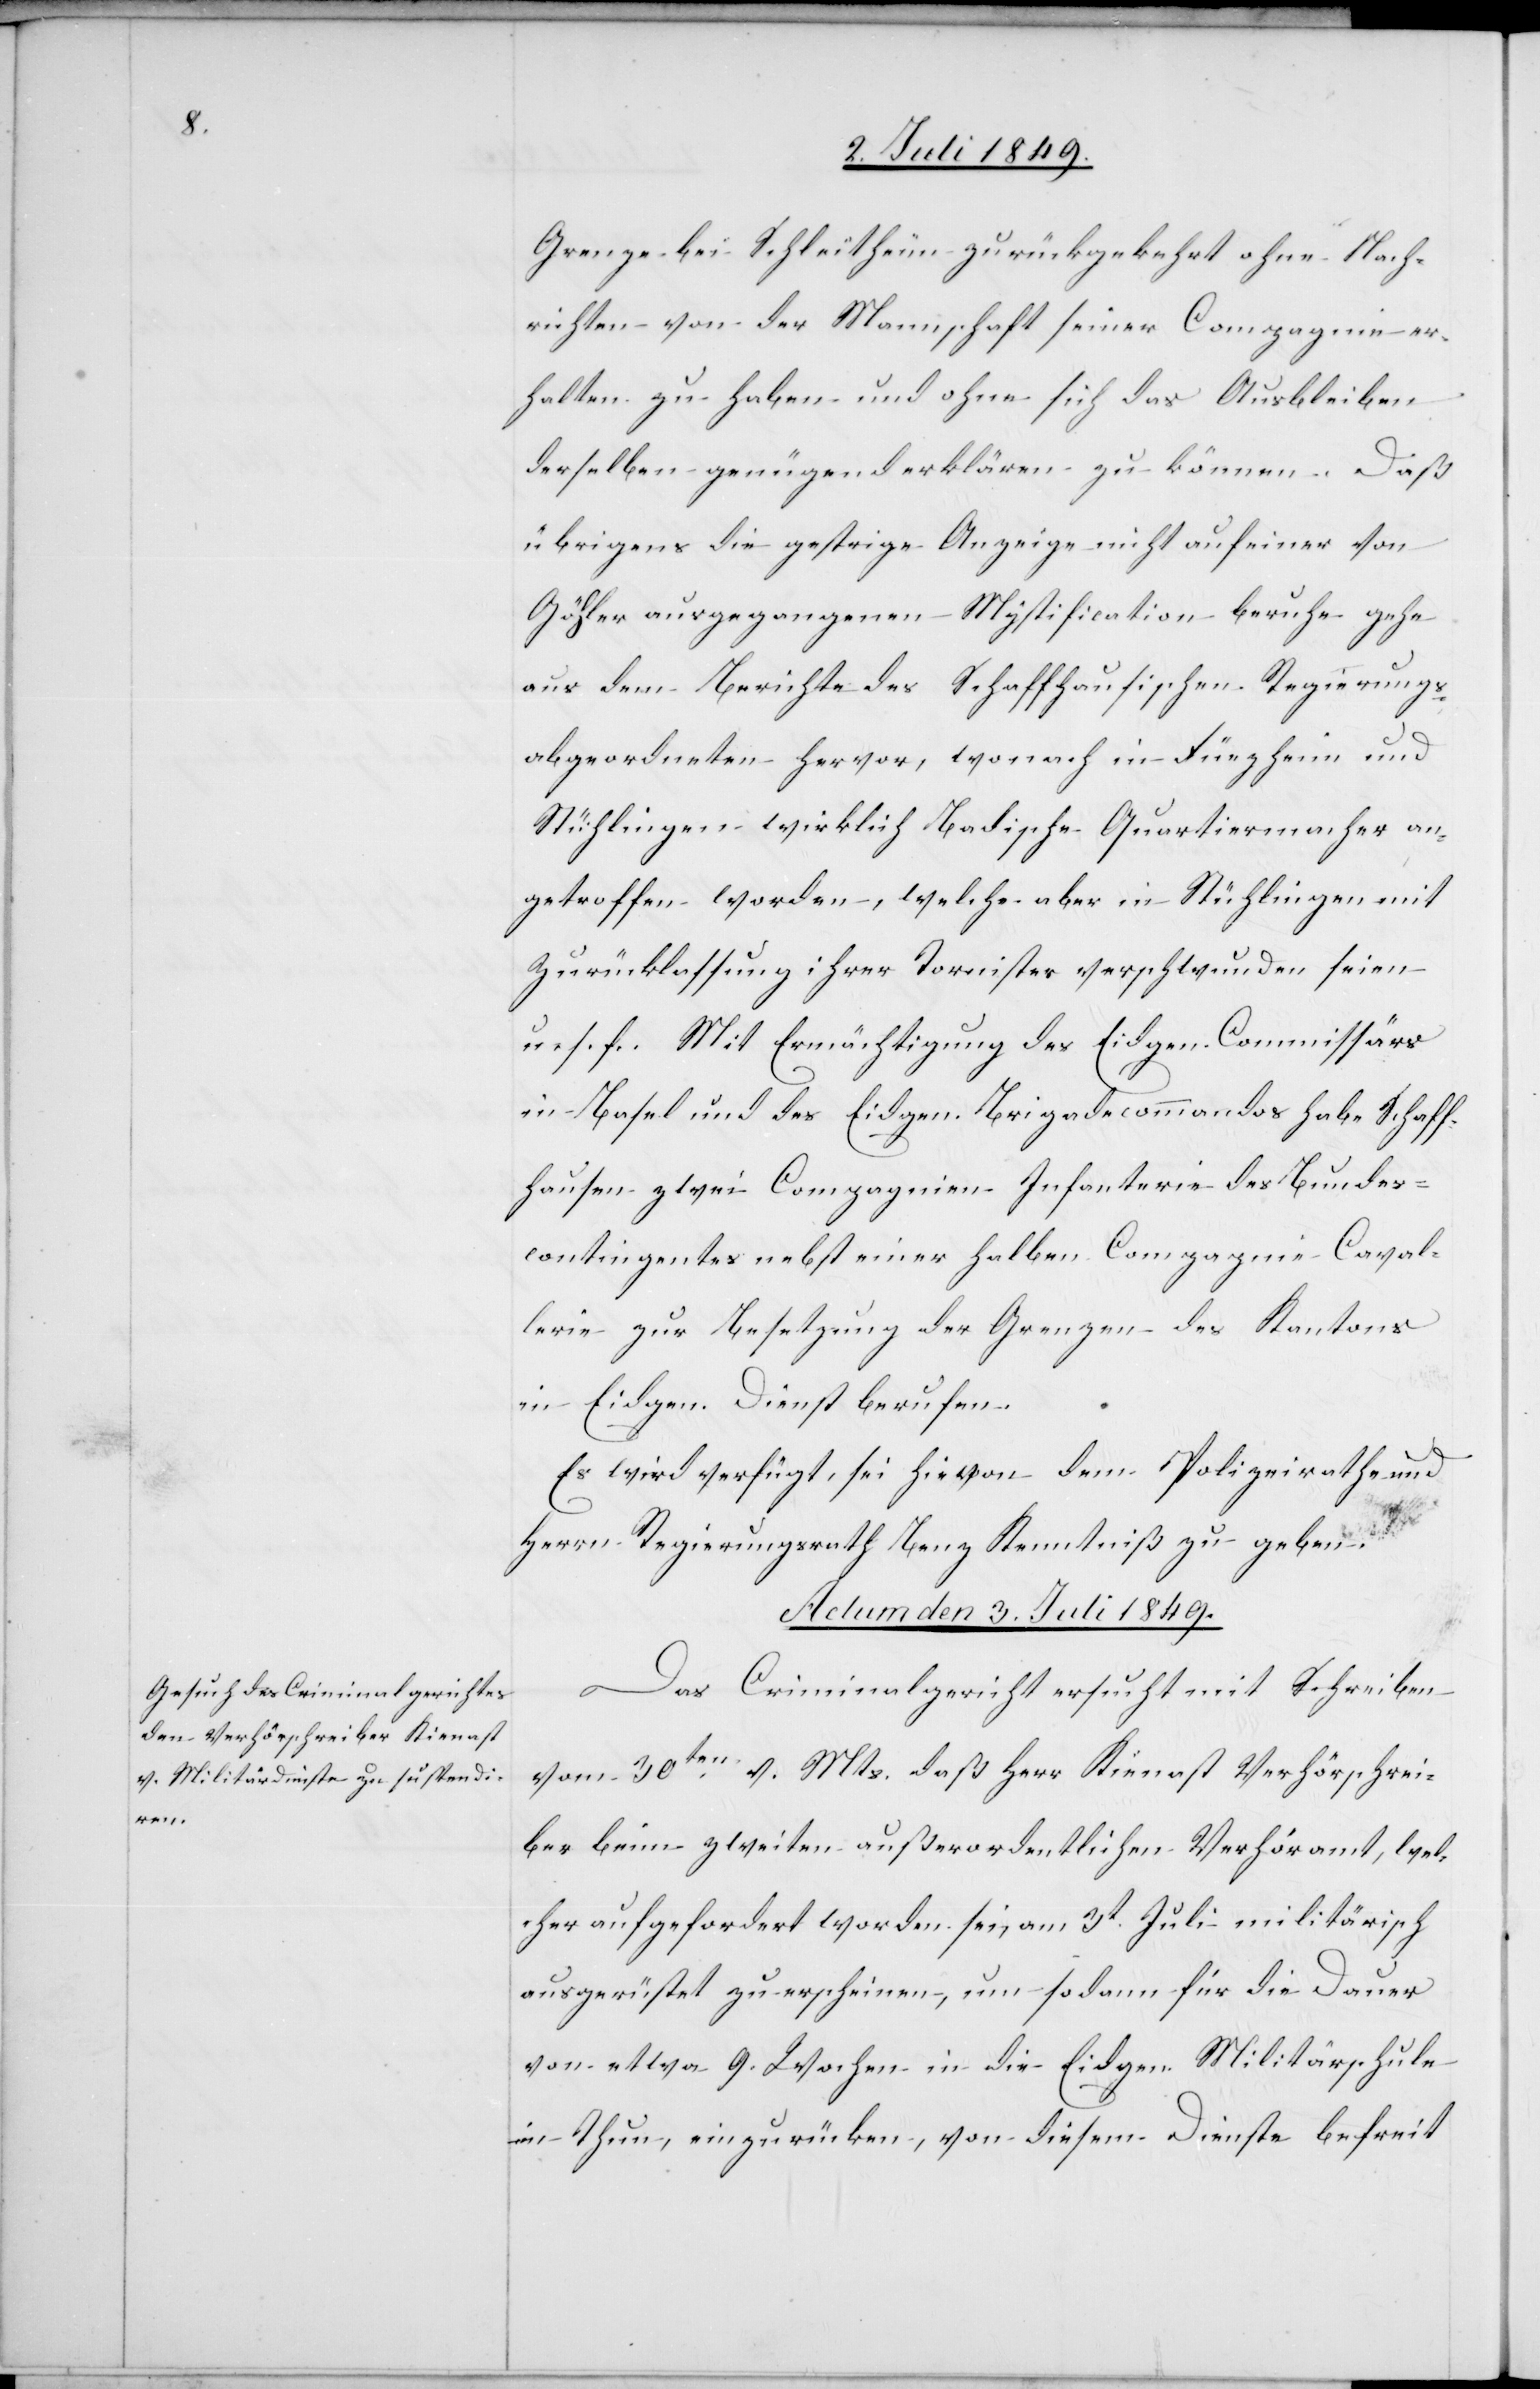
Grenze bei Schleitheim zurückgekehrt ohne Nach¬
richten von der Mannschaft seiner Compagnie er¬
halten zu haben und ohne sich das Ausbleiben
derselben genügend erklären zu können. Daß
übrigens die gestrige Anzeige nicht auf einer von
Gähler ausgegangenen Mystification beruhe gehe
aus dem Berichte des Schaffhausischen Regierungs¬
abgeordneten hervor, wonach in Füezheim und
Stühlingen wirklich Badische Quartiermacher an¬
getroffen werden, welche aber in Stühlingen mit
Zurücklassung ihrer Tornister verschwunden seien
u. s. f. Mit Ermächtigung des Eidgen. Commissärs
in Basel und des Eidgen. Brigadecommandos habe Schaff¬
hausen zwei Compagnien Infanterie des Bundes¬
contingentes nebst einer halben Compagnie Caval¬
lerie zur Besetzung der Grenzen des Kantons
in Eidgen. Dienst berufen.
Es wird verfügt, sei hievon dem Polizeirathe und
Herrn Regierungsrath Benz Kenntniß zu geben.
Actum den 3. Juli 1849.
Das Criminalgericht ersucht mit Schreiben
vom 30ten v. Mts. daß Herr Kienast Verhörschrei¬
ber beim zweiten außerordentlichen Verhöramt, wel¬
cher aufgefordert worden sei, am 3t Juli militärisch
ausgerüstet zu erscheinen, um sodann für die Dauer
von etwa 9. Wochen in die Eidgen. Militärschule
in Thun, einzurücken, von diesem Dienste befreit